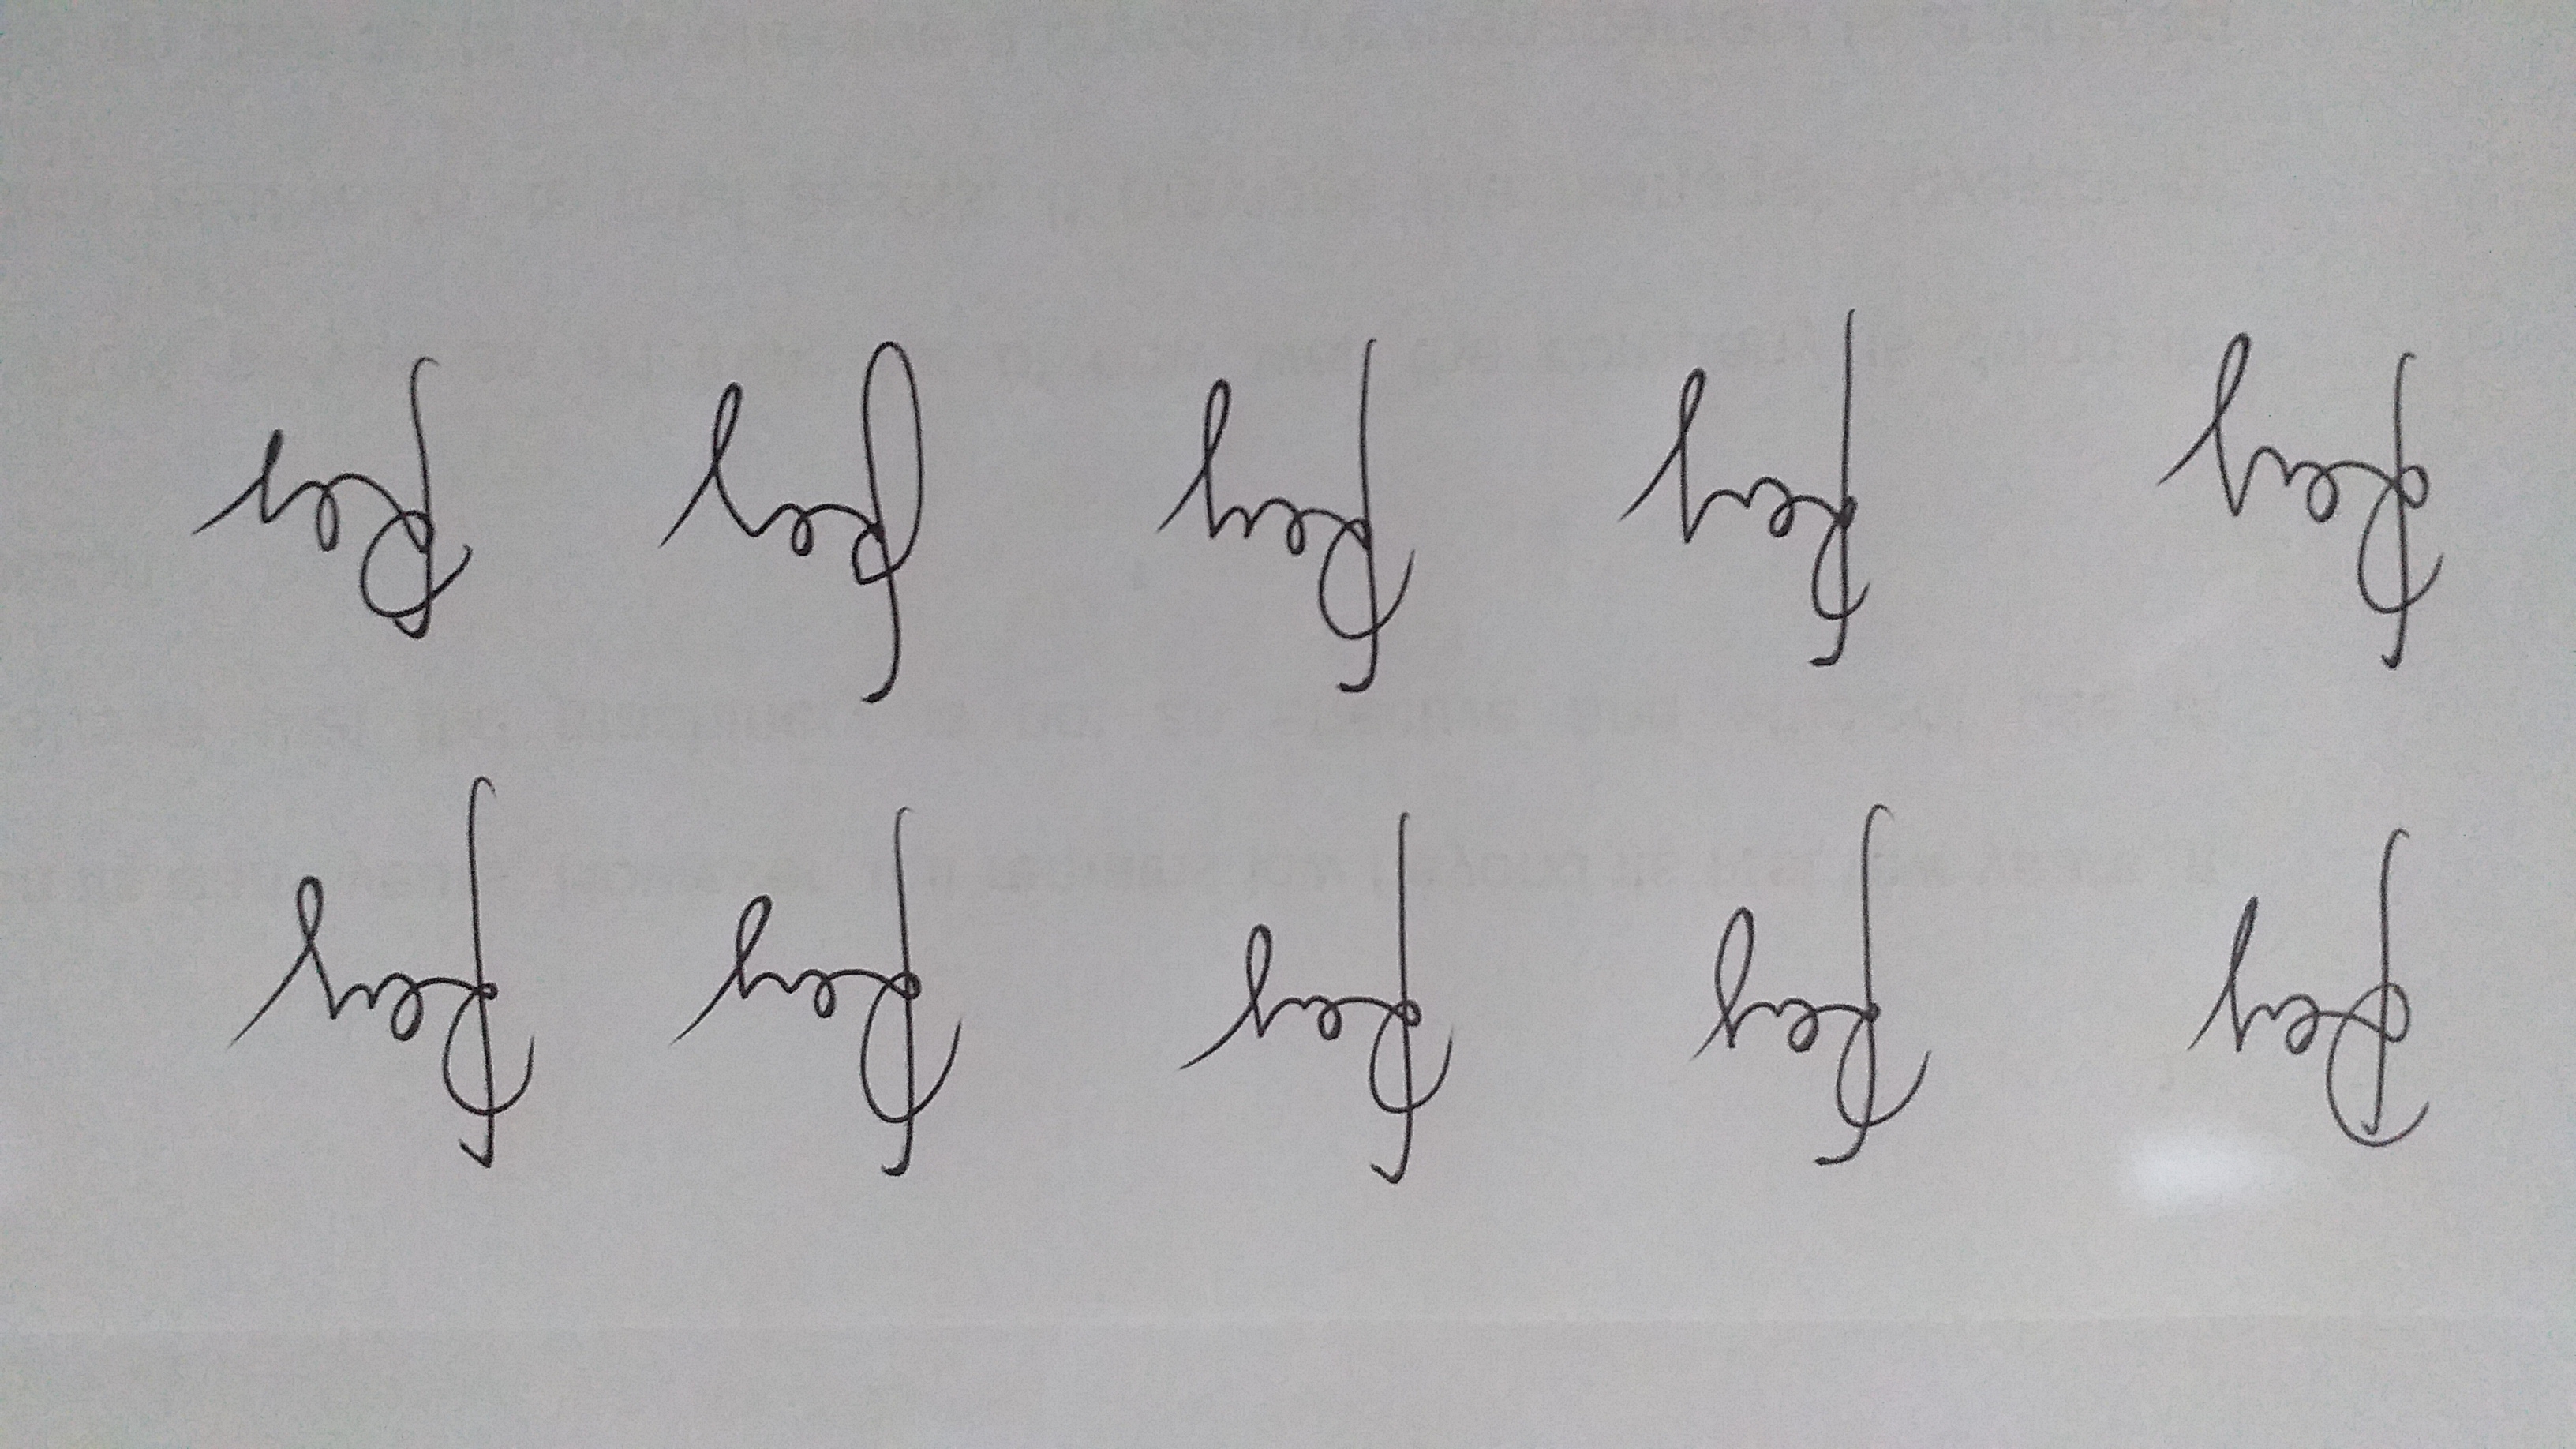
Signature authenticity: genuine